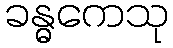
ခန္ဓကေသု